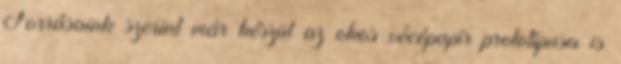
Forrásaink szerint már készül az okos vécépapír prototípusa is